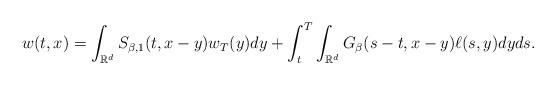
LaTeX: \begin{align*}w(t,x)=\int_{\mathbb{R}^{d}}S_{\beta,1}(t, x-y)w_T(y)dy + \int_{t}^{T} \int_{\mathbb{R}^{d}}G_{\beta}(s-t, x-y ) \ell (s,y)dy ds.\end{align*}